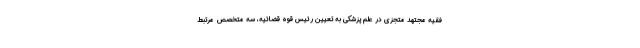
فقیه مجتهد متجزی در علم پزشکی به تعیین رئیس قوه قضائیه، سه متخصص مرتبط